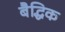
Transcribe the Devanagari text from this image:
बैद्धिक